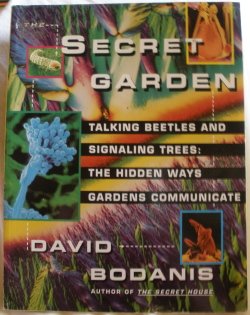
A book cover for The SECRET GARDEN: TALKING BEETLES & SIGNALLING TREES: HIDDEN WAYS GDNS COMMUN; David Bodanis; Crafts, Hobbies & Home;